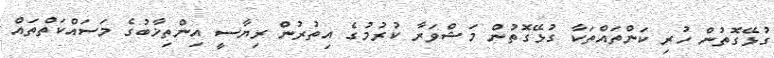
ގުޅޭގޮތުން ހުރި ކަންތައްތަކާ ގުޅޭގޮތުން މަޝްވަރާ ކުރުމުގެ އިތުރުން ރިޔާސީ އިންތިޚާބުގެ މަސައްކަތްތައް